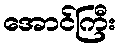
အောင်ကြီး